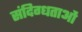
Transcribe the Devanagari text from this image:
संदिग्धताओं